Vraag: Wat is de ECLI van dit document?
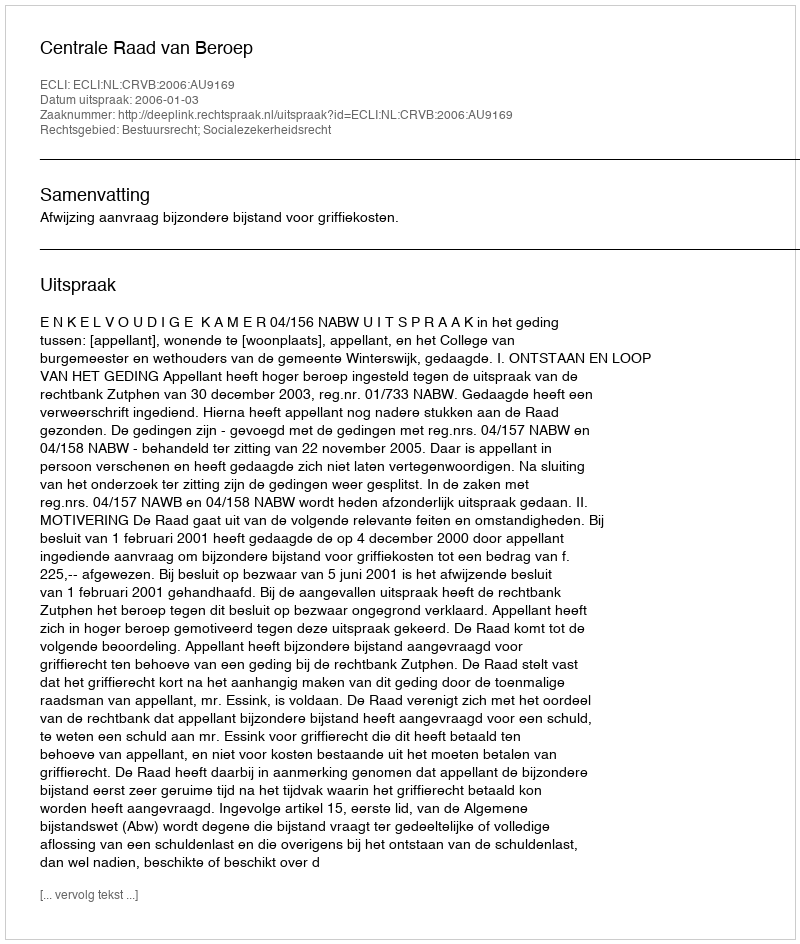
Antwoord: ECLI:NL:CRVB:2006:AU9169